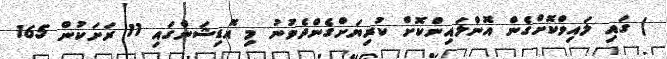
) ގައި ލައިވްކޮށްގެން އޮންލައިންކޮށް ކުރިޔަށްގެންދެވުނު މި އޮޑިޝަންގައި 11 ރަށަކުން 165